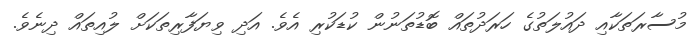
މުސާރަތަކާއި ދައުލަތުގެ ހަރަދުތައް ބޮޑުތަނުން ކުޑަކުރި އެވެ. އަދި ވިޔަފާރިތަކަށް ލުއިތައް ދިނެވެ.